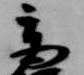
高